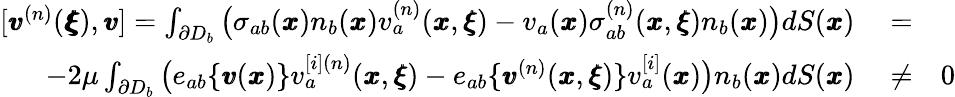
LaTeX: \begin{array}{rlr}{[{\pmb v}^{(n)}({\pmb{\pmb\xi}}),{\pmb v}]=\int_{\partial D_{b}}\big(\sigma_{ab}({\pmb x})n_{b}({\pmb x})v_{a}^{(n)}({\pmb x},{\pmb\xi})-v_{a}({\pmb x})\sigma_{ab}^{(n)}({\pmb x},{\pmb\xi})n_{b}({\pmb x})\big)dS({\pmb x})}&{{}=}&{}\\ {-2\mu\int_{\partial D_{b}}\big(e_{ab}\{ {\pmb v}({\pmb x})\} v_{a}^{[i](n)}({\pmb x},{\pmb\xi})-e_{ab}\{ {\pmb v}^{(n)}({\pmb x},{\pmb\xi})\} v_{a}^{[i]}({\pmb x})\big)n_{b}({\pmb x})dS({\pmb x})}&{{}\neq}&{0}\end{array}